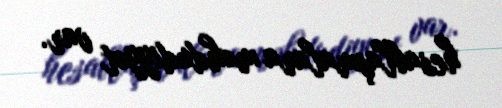
hesablaşmalara məhdudiyyət var.